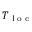
T _ { \textrm { l o c } }